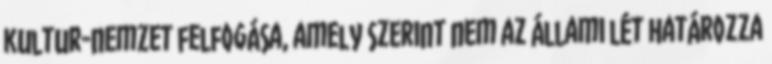
kultur-nemzet felfogása, amely szerint nem az állami lét határozza